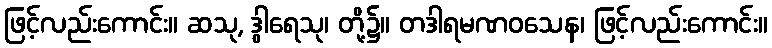
ဖြင့်လည်းကောင်း။ ဆသု, ဒွါရေသု၊ တို့၌။ တဒါရမဏဝသေန၊ ဖြင့်လည်းကောင်း။